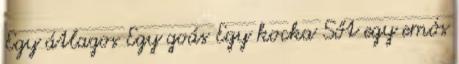
Egy átlagos Egy goás Egy kocka Sőt egy emós